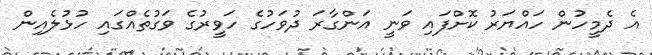
އެ ދެމީހުން ހައްޔަރު ކޮށްފައި ވަނީ އަންގާރަ ދުވަހުގެ ހަވީރުގެ ވަގުތެއްގައި ހުޅުލެއިން